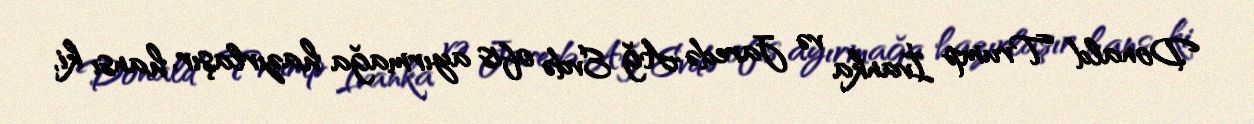
Donald Trump İvanka və Jaredə Ağ Evdə ofis ayırmağa hazırlaşır, hansı ki,